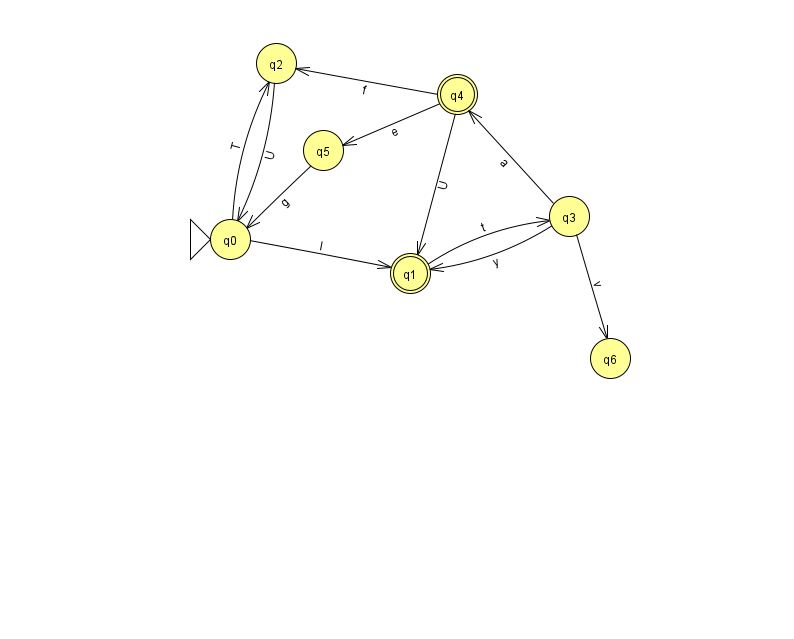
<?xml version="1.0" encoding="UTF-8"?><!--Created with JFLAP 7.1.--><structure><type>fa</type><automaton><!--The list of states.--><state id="0" name="q0"><x>230.0</x><y>226.0</y><initial/></state><state id="1" name="q1"><x>410.0</x><y>260.0</y><final/></state><state id="2" name="q2"><x>276.0</x><y>50.0</y></state><state id="3" name="q3"><x>569.0</x><y>203.0</y></state><state id="4" name="q4"><x>457.0</x><y>81.0</y><final/></state><state id="5" name="q5"><x>323.0</x><y>137.0</y></state><state id="6" name="q6"><x>610.0</x><y>345.0</y></state><!--The list of transitions.--><transition><from>2</from><to>0</to><read>U</read></transition><transition><from>3</from><to>6</to><read>v</read></transition><transition><from>0</from><to>2</to><read>T</read></transition><transition><from>4</from><to>2</to><read>f</read></transition><transition><from>3</from><to>1</to><read>y</read></transition><transition><from>3</from><to>4</to><read>a</read></transition><transition><from>0</from><to>1</to><read>I</read></transition><transition><from>4</from><to>5</to><read>e</read></transition><transition><from>5</from><to>0</to><read>g</read></transition><transition><from>4</from><to>1</to><read>U</read></transition><transition><from>1</from><to>3</to><read>t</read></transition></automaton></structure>